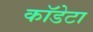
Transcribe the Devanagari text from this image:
कॉडेटा